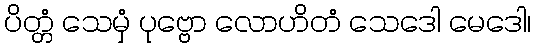
ပိတ္တံ သေမှံ ပုဗ္ဗော လောဟိတံ သေဒေါ မေဒေါ၊